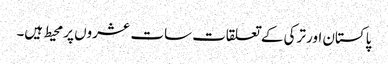
پاکستان اور ترکی کے تعلقات سات عشروں پر محیط ہیں۔